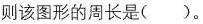
则该图形的周长是()。